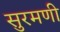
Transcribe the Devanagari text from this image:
सुरमणी